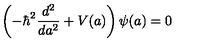
\left( - \hbar ^ { 2 } \frac { d ^ { 2 } } { d a ^ { 2 } } + V ( a ) \right) \psi ( a ) = 0